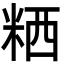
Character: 粞